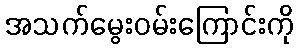
အသက်မွေးဝမ်းကြောင်းကို